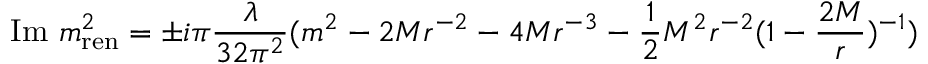
\mathrm { I m } ~ m _ { \mathrm { r e n } } ^ { 2 } = \pm i \pi \frac { \lambda } { 3 2 \pi ^ { 2 } } ( m ^ { 2 } - 2 M r ^ { - 2 } - 4 M r ^ { - 3 } - \frac { 1 } { 2 } M ^ { 2 } r ^ { - 2 } ( 1 - \frac { 2 M } { r } ) ^ { - 1 } )